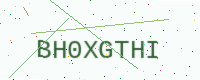
Text: BH0XGTHI